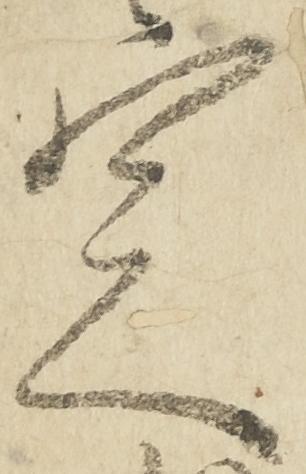
定